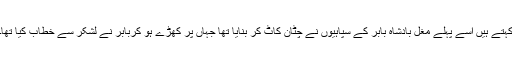
کہتے ہیں اسے پہلے مغل بادشاہ بابر کے سپاہیوں نے چٹان کاٹ کر بنایا تھا جہاں پر کھڑے ہو کربابر نے لشکر سے خطاب کیا تھا۔